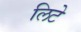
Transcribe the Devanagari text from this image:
लिटे